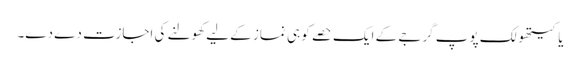
یاکیتھولک پوپ گرجے کے ایک حصے کو ہی نماز کے لیے کھولنے کی اجازت دے دے۔